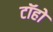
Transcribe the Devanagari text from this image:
टॉहो